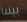
بيننا